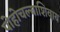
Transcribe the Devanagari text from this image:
पोहोचल्याशिवाय